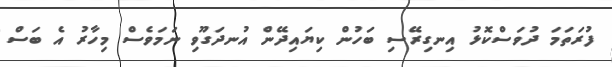
ފުރަތަމަ ދުވަސްކޮޅު އިނގިރޭސި ބަހުން ކިޔައިދޭން އުނދަގޫވި ނަމަވެސް މިހާރު އެ ބަސް